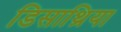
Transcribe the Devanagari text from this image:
डिसार्थ्रिया